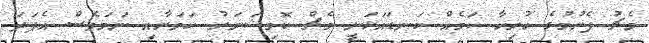
މެޗު ފެށުމުގެ ހުރިހާ ކަމެއް ކަނޑައަޅަނީ މެޗް ކޮމިޝަނަރު ކަމަށާއި ނަމަވެސް އެފަދަ